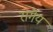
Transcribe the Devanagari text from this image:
रागेय